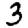
Digit: 3